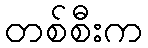
တစ်စီးက